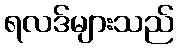
ရလဒ်များသည်